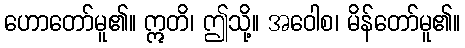
ဟောတော်မူ၏။ ဣတိ၊ ဤသို့။ အဝေါစ၊ မိန်တော်မူ၏။